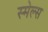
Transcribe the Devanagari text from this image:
स्‍मेल्‍स